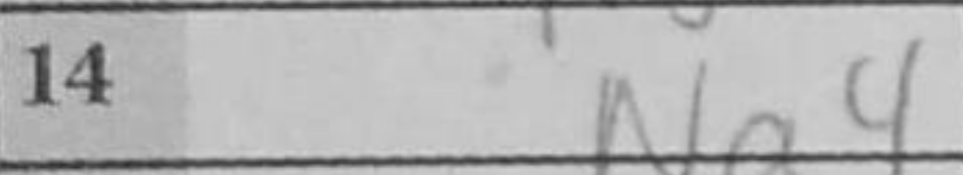
Transcription: Na4